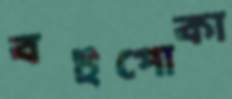
বইপোকা